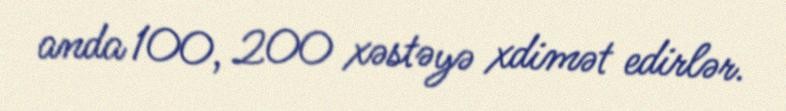
anda 100, 200 xəstəyə xdimət edirlər.